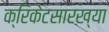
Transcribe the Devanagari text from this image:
क्रिकेटसारख्या